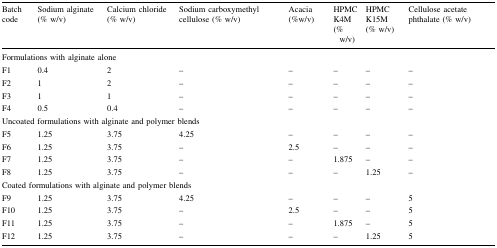
<table><thead><tr><td><b>Batch code</b></td><td><b>Sodium alginate (% w/v)</b></td><td><b>Calcium chloride (% w/v)</b></td><td><b>Sodium carboxymethyl cellulose (% w/v)</b></td><td><b>Acacia (%w/v)</b></td><td><b>HPMCK4M(% w/v)</b></td><td><b>HPMC K15M(% w/v)</b></td><td><b>Cellulose acetate phthalate (% w/v)</b></td></tr></thead><tbody><tr><td colspan="8">Formulations with alginate alone</td></tr><tr><td>F1</td><td>0.4</td><td>2</td><td>–</td><td>–</td><td>–</td><td>–</td><td>–</td></tr><tr><td>F2</td><td>1</td><td>2</td><td>–</td><td>–</td><td>–</td><td>–</td><td>–</td></tr><tr><td>F3</td><td>1</td><td>1</td><td>–</td><td>–</td><td>–</td><td>–</td><td>–</td></tr><tr><td>F4</td><td>0.5</td><td>0.4</td><td>–</td><td>–</td><td>–</td><td>–</td><td>–</td></tr><tr><td colspan="8">Uncoated formulations with alginate and polymer blends</td></tr><tr><td>F5</td><td>1.25</td><td>3.75</td><td>4.25</td><td>–</td><td>–</td><td>–</td><td>–</td></tr><tr><td>F6</td><td>1.25</td><td>3.75</td><td>–</td><td>2.5</td><td>–</td><td>–</td><td>–</td></tr><tr><td>F7</td><td>1.25</td><td>3.75</td><td>–</td><td>–</td><td>1.875</td><td>–</td><td>–</td></tr><tr><td>F8</td><td>1.25</td><td>3.75</td><td>–</td><td>–</td><td>–</td><td>1.25</td><td>–</td></tr><tr><td colspan="8">Coated formulations with alginate and polymer blends</td></tr><tr><td>F9</td><td>1.25</td><td>3.75</td><td>4.25</td><td>–</td><td>–</td><td>–</td><td>5</td></tr><tr><td>F10</td><td>1.25</td><td>3.75</td><td>–</td><td>2.5</td><td>–</td><td>–</td><td>5</td></tr><tr><td>F11</td><td>1.25</td><td>3.75</td><td>–</td><td>–</td><td>1.875</td><td>–</td><td>5</td></tr><tr><td>F12</td><td>1.25</td><td>3.75</td><td>–</td><td>–</td><td>–</td><td>1.25</td><td>5</td></tr></tbody></table>